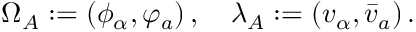
\Omega _ { A } : = ( \phi _ { \alpha } , \varphi _ { a } ) \, , \quad \lambda _ { A } : = ( v _ { \alpha } , \bar { v } _ { a } ) \, .